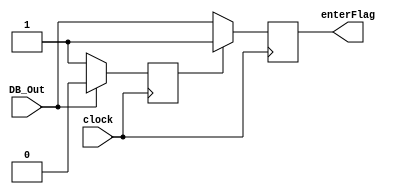
module enterButton(clock, DB_Out, enterFlag);

	input clock, DB_Out;
	output reg enterFlag;
	reg state = 0;
	
	always @(posedge clock)
	begin
		if(state == 0)
		begin
			enterFlag = DB_Out;
			if(DB_Out == 0)
				state = 1;
		end
		else
		begin
			enterFlag = 1;
			if(DB_Out == 1)
				state = 0;
		end
	end

endmodule